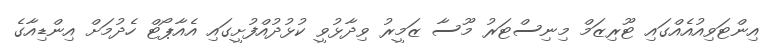
އިންޓަވިއުއެއްގައި ޓޫރިޒަމް މިނިސްޓަރު މޫސާ ޒަމީރު ވިދާޅުވީ ކުޅުދުއްފުށީގައި އެއާޕޯޓް ހެދުމަށް އިންޑިއާގެ